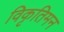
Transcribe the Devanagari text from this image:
विकृतिमन